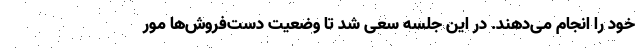
خود را انجام می‌دهند. در این جلسه سعی شد تا وضعیت دست‌فروش‌ها مور